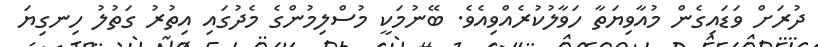
ދުރަށް ވަޑައިގެން މުއާވިޔަތާ ހަވާލުކުރެއްވިއެވެ. ބޭނުމަކީ މުސްލިމުންގެ މެދުގައި އިތުރު ގަތުލު ހިނގިޔަ